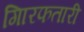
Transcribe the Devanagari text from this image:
गिारफतारी